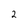
Character: 2